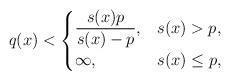
LaTeX: \begin{align*}q(x)< \begin{cases} \displaystyle \frac{s(x)p}{s(x)-p}, & s(x)>p, \\ \infty, & s(x)\le p, \end{cases} \end{align*}